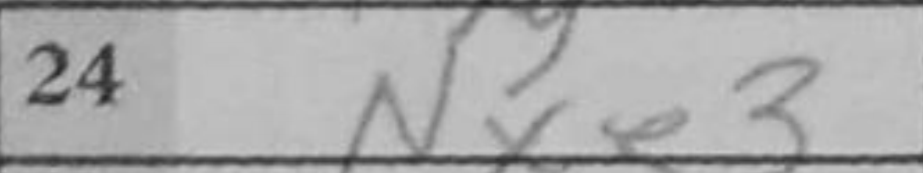
Transcription: Nxe3